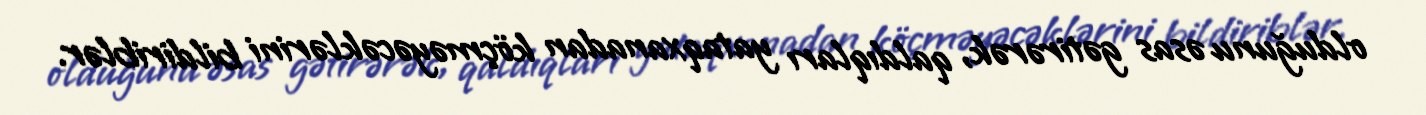
olduğunu əsas gətirərək, qaldıqları yataqxanadan köçməyəcəklərini bildiriblər.